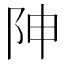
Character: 𨸬